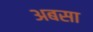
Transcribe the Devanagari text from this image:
अबसा